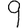
Digit: 9